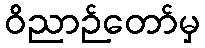
ဝိညာဉ်တော်မှ